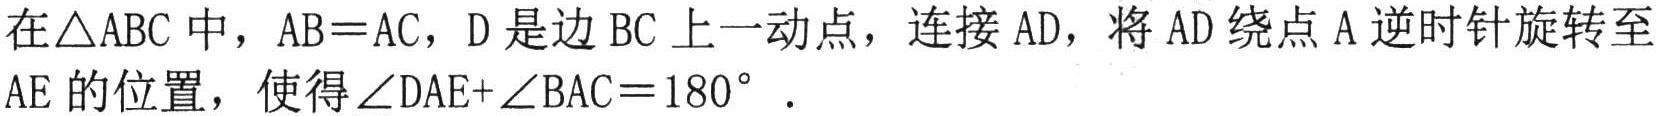
在\(\triangle ABC\)中，\(AB = AC\)，\(D\)是边\(BC\)上一动点，连接\(AD\)，将\(AD\)绕点\(A\)逆时针旋转至\(AE\)的位置，使得\(\angle DAE+\angle BAC = 180^{\circ}\)．